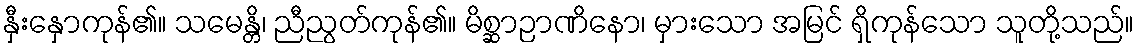
နှီးနှောကုန်၏။ သမေန္တိ၊ ညီညွတ်ကုန်၏။ မိစ္ဆာဉာဏိနော၊ မှားသော အမြင် ရှိကုန်သော သူတို့သည်။